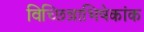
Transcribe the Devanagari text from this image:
विच्छिन्नाभिषेकांक